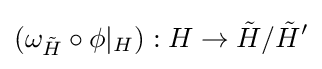
(\omega _{\tilde {H}}\circ \phi |_{H}):H\to {\tilde {H}}/{\tilde {H}}'